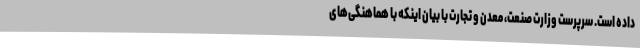
داده است. سرپرست وزارت صنعت، معدن و تجارت با بیان اینکه با هماهنگی‌های